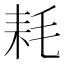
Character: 耗